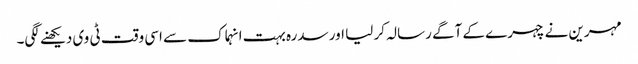
مہرین نے چہرے کے آگے رسالہ کر لیا اور سدرہ بہت انہماک سے اسی وقت ٹی وی دیکھنے لگی۔